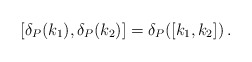
\begin{align*}[\delta_{P}(k_{1}),\delta_{P}(k_{2})]=\delta_{P}([k_{1},k_{2}])\, .\end{align*}